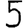
Digit: 5